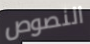
النصوص